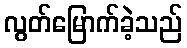
လွတ်မြောက်ခဲ့သည်